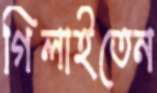
গিলাইতেন